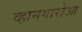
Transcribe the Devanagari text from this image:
व्हानगारोआ